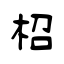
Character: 柖